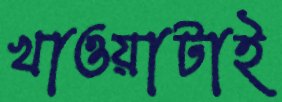
খাওয়াটাই